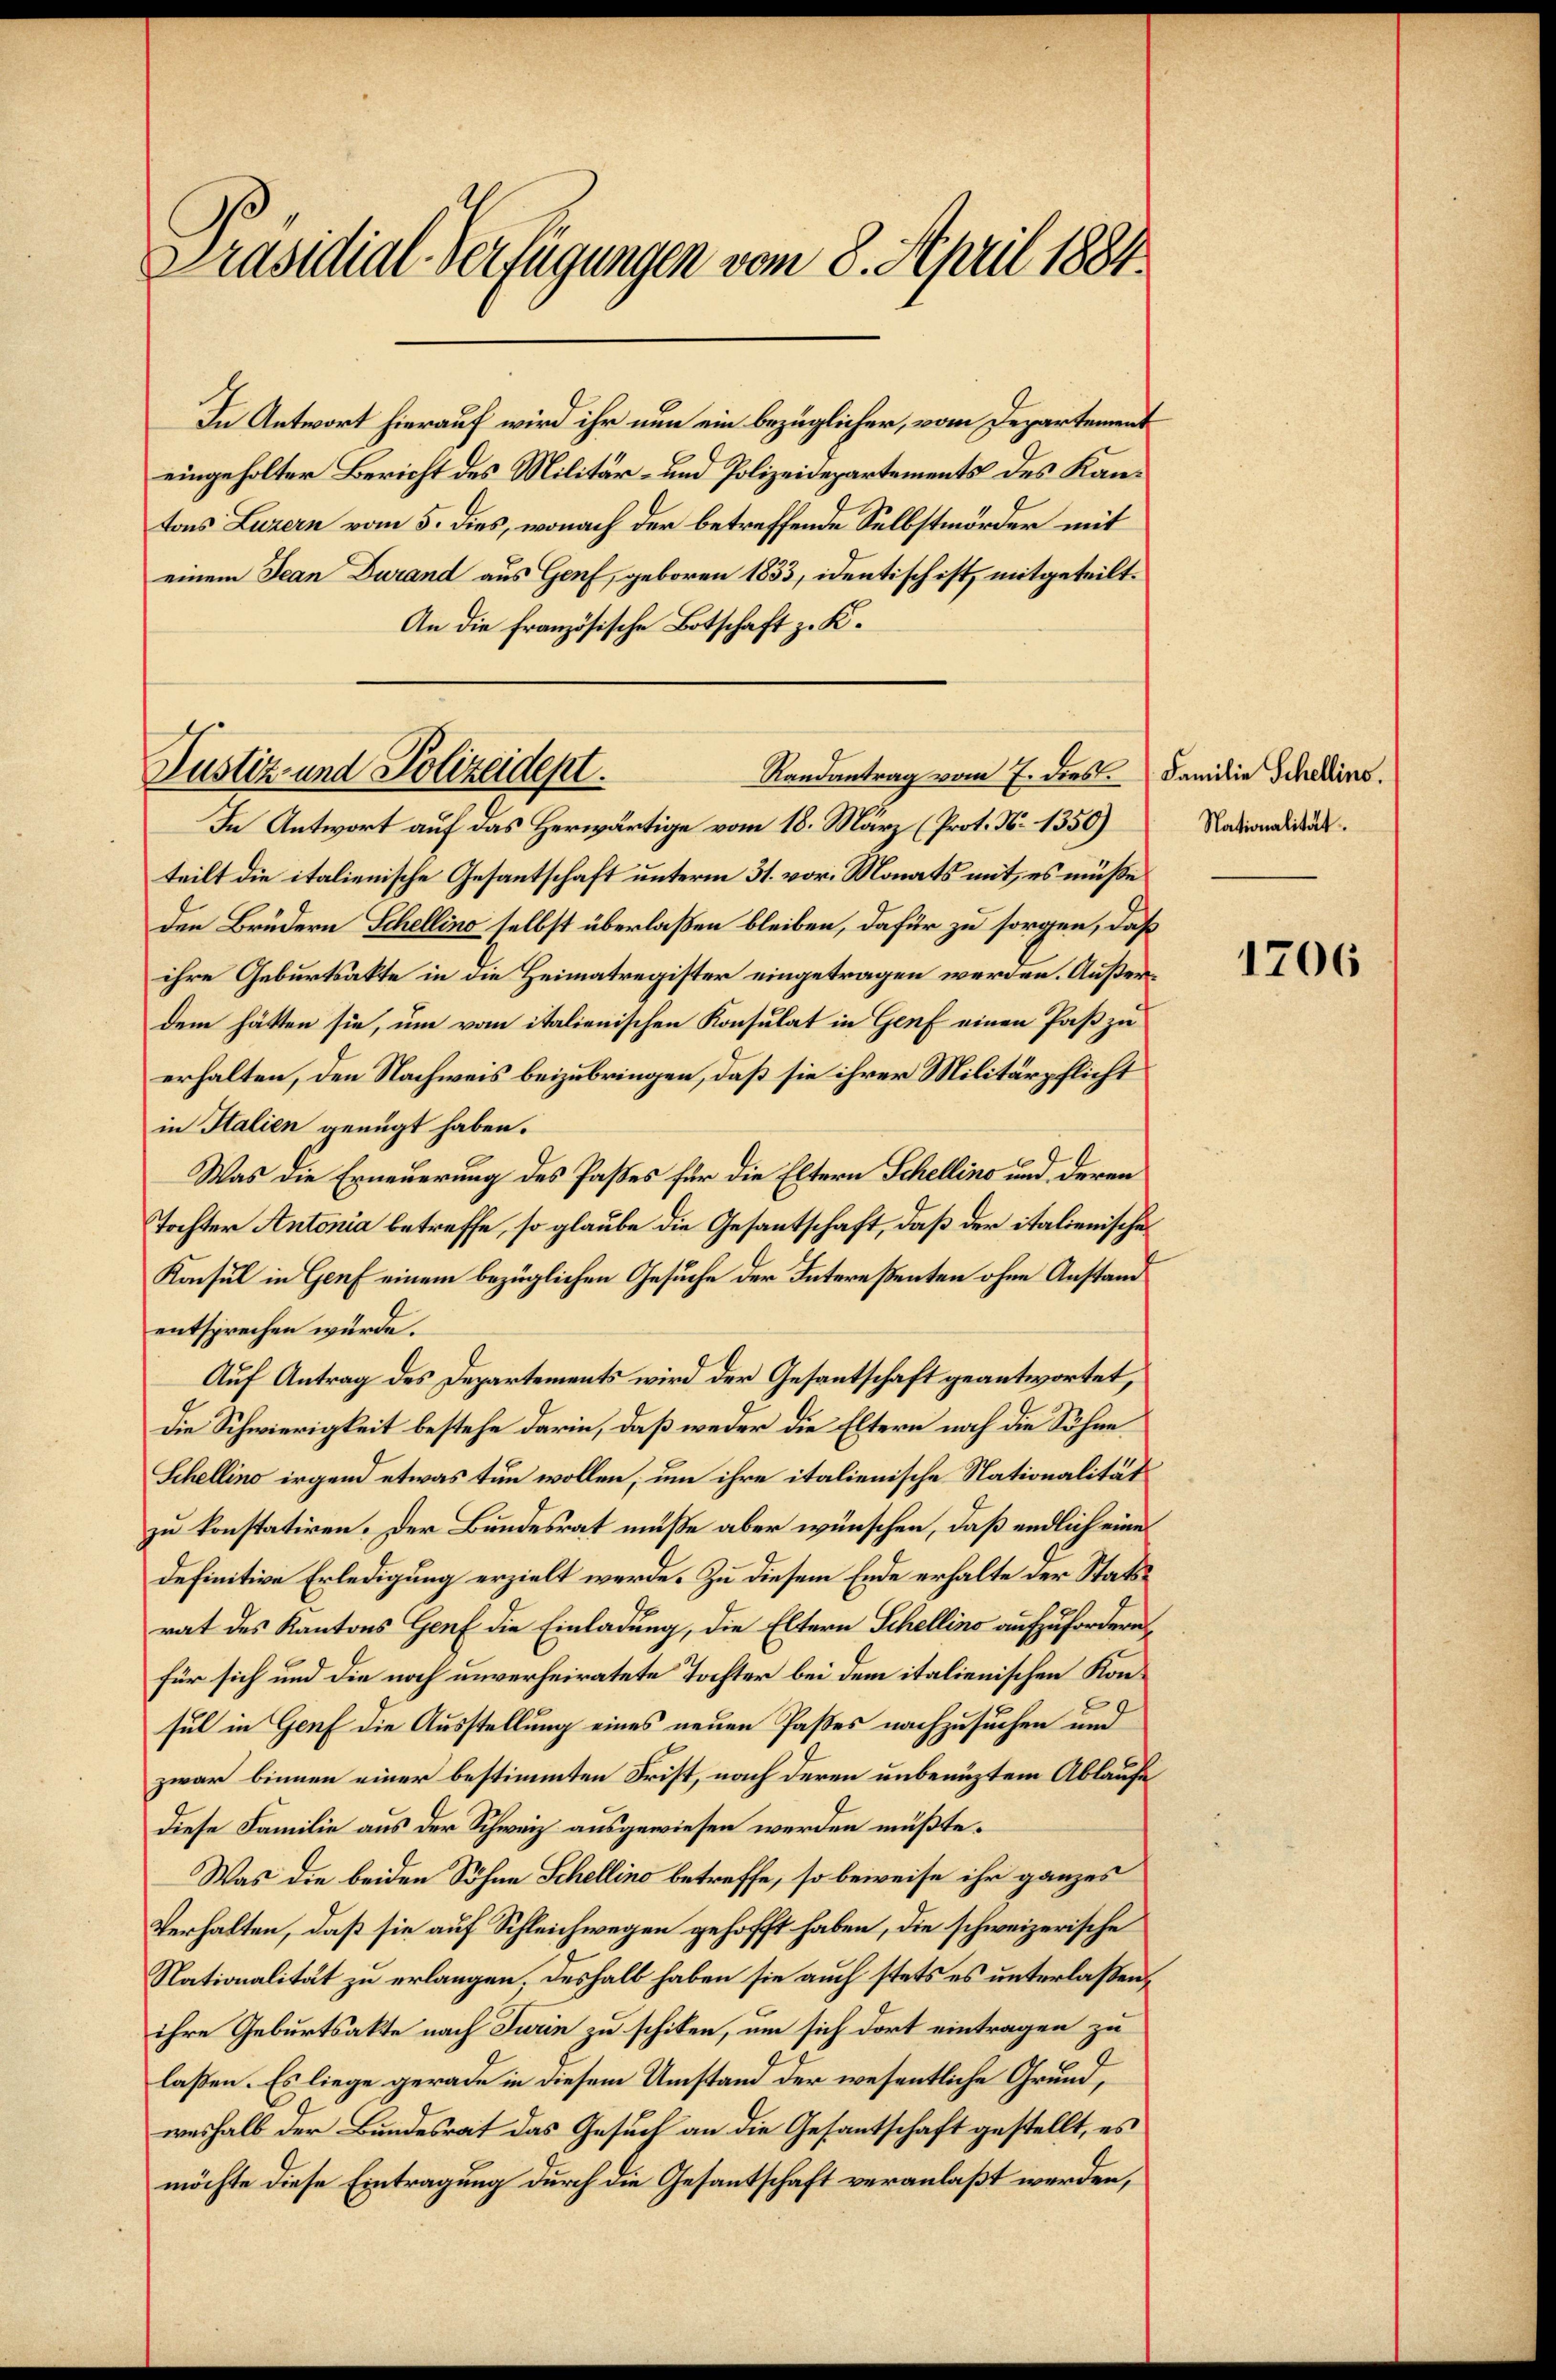
Präsidial-Verfügungen vom 8. April 1884.

In Antwort hierauf wird ihr nun ein bezüglicher, vom Departement
eingeholter Bericht des Militär- und Polizeidepartements des Kantons Luzern vom 5. dies, wonach der betreffende Selbstmörder mit
einem Jean Durand aus Genf, geboren 1833, identisch ist, mitgeteilt.
An die französische Botschaft z. K.
In Antwort auf das Herwärtige vom 18. März (Prot. N. 1350)
teilt die italienische Gesantschaft unterm 31. vor. Monats mit, es müße
den Brüdern Schellino selbst überlaßen bleiben, dafür zu sorgen, daß
ihre Geburtsakte in die Heimatregister eingetragen werden. Außerdem hätten sie, um vom italienischen Konsulat in Genf einen Paß zu
erhalten, den Nachweis beizubringen, daß sie ihrer Militärpflicht
in Italien genügt haben.
Was die Erneuerung des Passes für die Eltern Schellino und deren
Tochter Antonia betreffe, so glaube die Gesantschaft, daß der italienisches
Konsul in Genf einem bezüglichen Gesuche der Intereßenten ohne Anstand
entsprechen würde.
Auf Antrag des Departements wird der Gesantschaft geantwortet,
Die Schwierigkeit bestehe darin, daß weder die Eltern noch die Söhne
Schellino irgend etwas tun wollen, um ihre italienische Nationalität
zu konstatiren. Der Bundesrat müße aber wünschen, daß endlich eine
definitive Erledigung erzielt werde. Zu diesem Ende erhalte der Statsrat des Kantons Genf die Einladung, die Eltern Schellino aufzufordern
für sich und die noch unverheiratete Tochter bei dem italienischen Konsul in Genf die Ausstellung eines neuen Paßes nachzusuchen und
zwar binnen einer bestimmten Frist, nach deren unbenüztem Ablaufe
diese Familie aus der Schweiz ausgewiesen werden müßte.
Was die beiden Söhne Schellino betreffe, so beweise ihr ganzes
Verhalten, daß sie auf Schleichwegen gehofft haben, die schweizerische
Nationalität zu erlangen. Deshalb haben sie auch stets es unterlaßen,
ihre Geburtsakte nach Turin zu schiken, um sich dort eintragen zu
laßen. Es liege gerade in diesem Umstand der wesentliche Grund,
weshalb der Bundesrat das Gesuch an die Gesantschaft gestellt, es
möchte diese Eintragung durch die Gesantschaft veranlaßt werden,

Justiz- und Polizeidept.
Randantrag vom 7. dies

Familie Schellins.
Nationalität.

1706